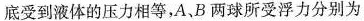
底受到液体的压力相等，A、B两球所受浮力分别为